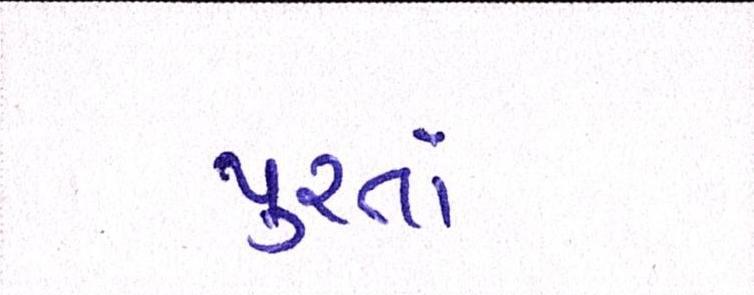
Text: પુરતાં